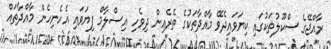
ރާއްޖޭގެ ސްކޫލުތަކުގައި ކިޔަވައިދެވޭ މާއްދާތަކުގެ ތެރެއިން ދިވެހި އިސްލާމް ފިޔަވައި އެހެނިހެން މާއްދާތައް